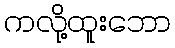
ကလို့ထူးဘော